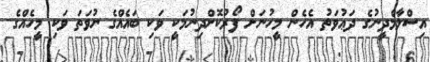
އިސްލާމްދީނުގެ ދަޢުވަތު އެހެން މީހުނަށް ފޯރުކޮށްދިނުމަކީ ވަކި ބައެއްގެ ނުވަތަ ވަކި މީހެއްގެ